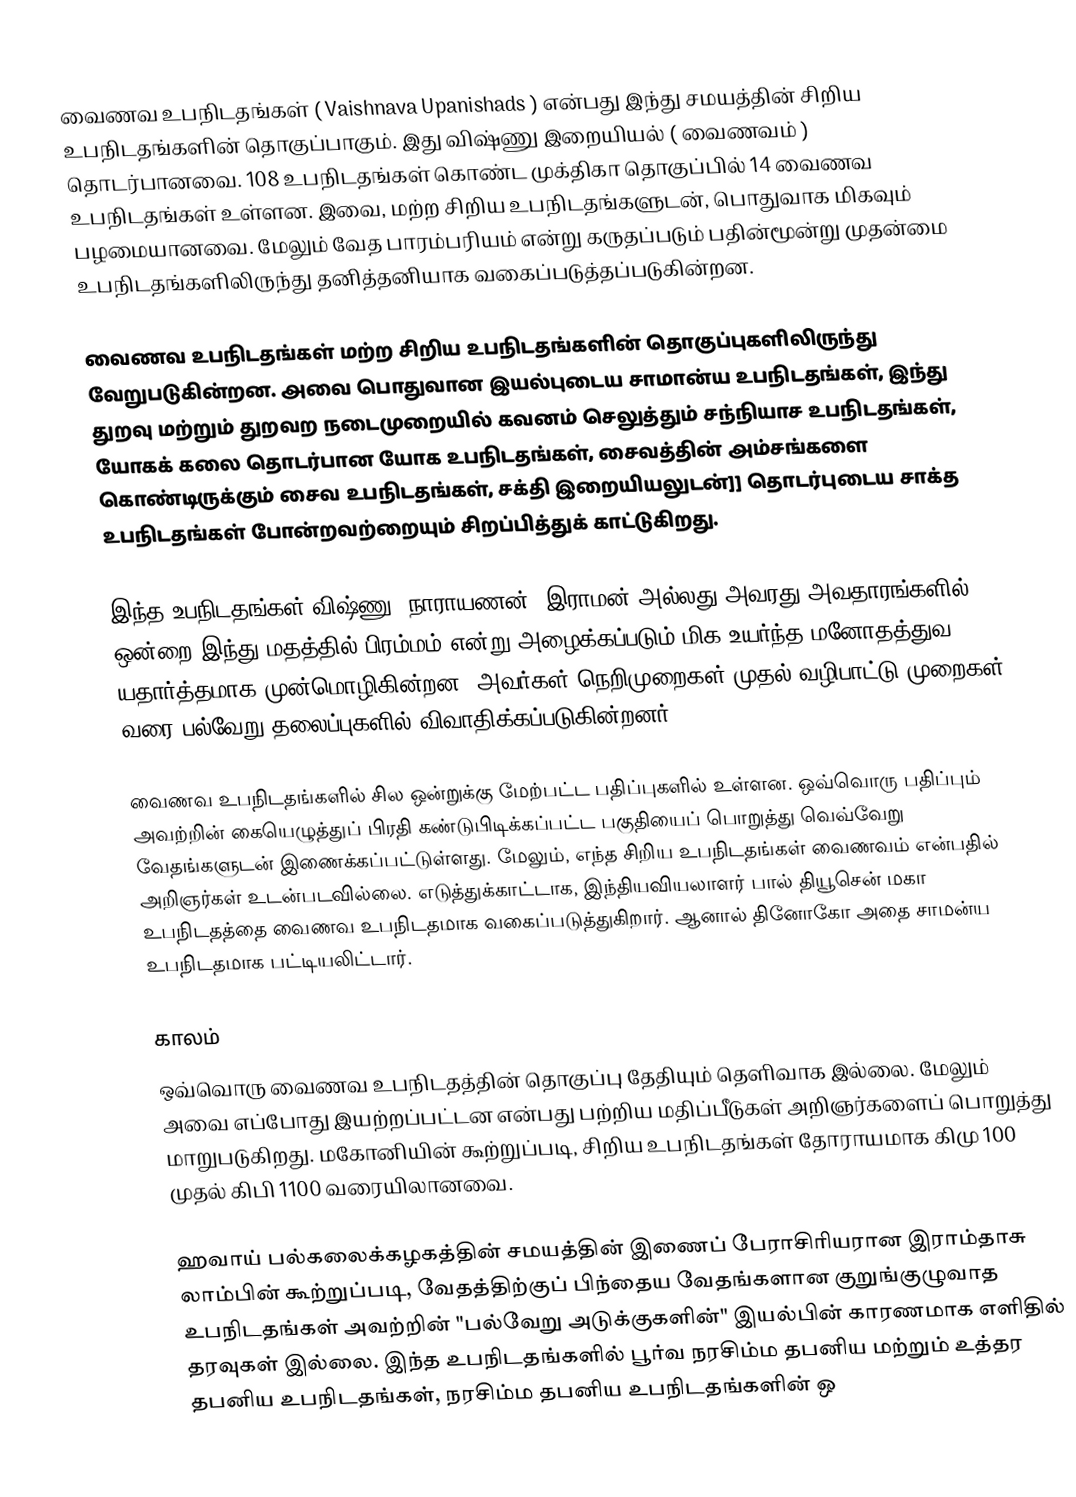
வைணவ உபநிடதங்கள் ( Vaishnava Upanishads ) என்பது இந்து சமயத்தின் சிறிய உபநிடதங்களின் தொகுப்பாகும். இது விஷ்ணு இறையியல் ( வைணவம் ) தொடர்பானவை. 108 உபநிடதங்கள் கொண்ட முக்திகா தொகுப்பில் 14 வைணவ உபநிடதங்கள் உள்ளன. இவை, மற்ற சிறிய உபநிடதங்களுடன், பொதுவாக மிகவும் பழமையானவை. மேலும் வேத பாரம்பரியம் என்று கருதப்படும் பதின்மூன்று முதன்மை உபநிடதங்களிலிருந்து தனித்தனியாக வகைப்படுத்தப்படுகின்றன.

வைணவ உபநிடதங்கள் மற்ற சிறிய உபநிடதங்களின் தொகுப்புகளிலிருந்து வேறுபடுகின்றன. அவை பொதுவான இயல்புடைய சாமான்ய உபநிடதங்கள், இந்து துறவு மற்றும் துறவற நடைமுறையில் கவனம் செலுத்தும் சந்நியாச உபநிடதங்கள், யோகக் கலை தொடர்பான யோக உபநிடதங்கள், சைவத்தின் அம்சங்களை கொண்டிருக்கும் சைவ உபநிடதங்கள், சக்தி இறையியலுடன்]] தொடர்புடைய சாக்த உபநிடதங்கள் போன்றவற்றையும் சிறப்பித்துக் காட்டுகிறது.

இந்த உபநிடதங்கள் விஷ்ணு, நாராயணன், இராமன் அல்லது அவரது அவதாரங்களில் ஒன்றை இந்து மதத்தில் பிரம்மம் என்று அழைக்கப்படும் மிக உயர்ந்த மனோதத்துவ யதார்த்தமாக முன்மொழிகின்றன. அவர்கள் நெறிமுறைகள் முதல் வழிபாட்டு முறைகள் வரை பல்வேறு தலைப்புகளில் விவாதிக்கப்படுகின்றனர்.

வைணவ உபநிடதங்களில் சில ஒன்றுக்கு மேற்பட்ட பதிப்புகளில் உள்ளன. ஒவ்வொரு பதிப்பும் அவற்றின் கையெழுத்துப் பிரதி கண்டுபிடிக்கப்பட்ட பகுதியைப் பொறுத்து வெவ்வேறு வேதங்களுடன் இணைக்கப்பட்டுள்ளது. மேலும், எந்த சிறிய உபநிடதங்கள் வைணவம் என்பதில் அறிஞர்கள் உடன்படவில்லை. எடுத்துக்காட்டாக, இந்தியவியலாளர் பால் தியூசென் மகா உபநிடதத்தை வைணவ உபநிடதமாக வகைப்படுத்துகிறார். ஆனால் தினோகோ அதை சாமன்ய உபநிடதமாக பட்டியலிட்டார்.

காலம்
ஒவ்வொரு வைணவ உபநிடதத்தின் தொகுப்பு தேதியும் தெளிவாக இல்லை. மேலும் அவை எப்போது இயற்றப்பட்டன என்பது பற்றிய மதிப்பீடுகள் அறிஞர்களைப் பொறுத்து மாறுபடுகிறது. மகோனியின் கூற்றுப்படி, சிறிய உபநிடதங்கள் தோராயமாக கிமு 100 முதல் கிபி 1100 வரையிலானவை.

ஹவாய் பல்கலைக்கழகத்தின் சமயத்தின் இணைப் பேராசிரியரான இராம்தாசு லாம்பின் கூற்றுப்படி, வேதத்திற்குப் பிந்தைய வேதங்களான குறுங்குழுவாத உபநிடதங்கள் அவற்றின் "பல்வேறு அடுக்குகளின்" இயல்பின் காரணமாக எளிதில் தரவுகள் இல்லை. இந்த உபநிடதங்களில் பூர்வ நரசிம்ம தபனிய மற்றும் உத்தர தபனிய உபநிடதங்கள், நரசிம்ம தபனிய உபநிடதங்களின் ஒ